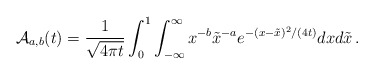
\begin{align*}\mathcal{A}_{a,b}(t)=\frac1{\sqrt{4\pi t}}\int_0^1\int_{-\infty}^\infty x^{-b}\tilde x^{-a}e^{-(x-\tilde x)^2/(4t)}dxd\tilde x\,.\end{align*}